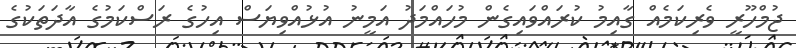
ޖުމްހޫރީ ވެރިކަމެއް ގާއިމު ކުރައްވައިގެން މުހައްމަދު އަމީނު އުޅުއްވިޔަސް އިހުގެ ރަސްކަމުގެ އާދަތަކުގެ